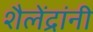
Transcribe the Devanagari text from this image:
शैलेंद्रांनी